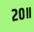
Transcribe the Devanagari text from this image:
२०॥